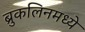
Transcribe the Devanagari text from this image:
ब्रुकलिनमध्ये